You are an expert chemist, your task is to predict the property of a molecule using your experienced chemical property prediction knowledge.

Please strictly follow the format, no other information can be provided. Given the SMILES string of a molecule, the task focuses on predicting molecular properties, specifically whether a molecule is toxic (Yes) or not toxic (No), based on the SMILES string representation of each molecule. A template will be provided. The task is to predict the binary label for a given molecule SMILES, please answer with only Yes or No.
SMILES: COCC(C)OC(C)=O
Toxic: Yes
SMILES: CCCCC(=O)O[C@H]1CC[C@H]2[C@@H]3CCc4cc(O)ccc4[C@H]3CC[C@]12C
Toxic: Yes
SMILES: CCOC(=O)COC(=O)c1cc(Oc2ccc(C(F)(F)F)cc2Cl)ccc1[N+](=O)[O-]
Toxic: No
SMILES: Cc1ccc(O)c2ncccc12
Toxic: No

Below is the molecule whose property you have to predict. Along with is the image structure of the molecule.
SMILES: N[C@@H](CSCCCO)C(=O)O
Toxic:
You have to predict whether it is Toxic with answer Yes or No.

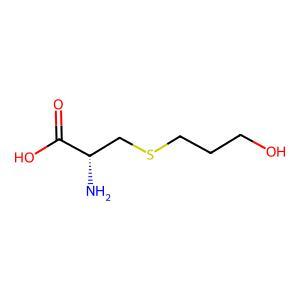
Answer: No